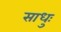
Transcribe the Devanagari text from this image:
साधुः